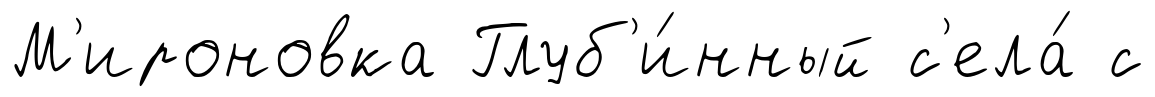
М'ироновка Глуб'и́нный с'ела́ с